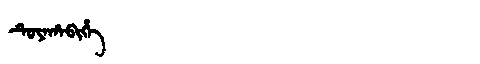
Manchu: ᡨᡠᠶᠠᡥᠠᠪᡳᡥᡝ
Romanization: TUYAHABIHE